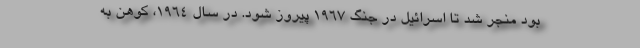
بود منجر شد تا اسرائیل در جنگ 1967 پیروز شود. در سال 1964، کوهن به